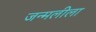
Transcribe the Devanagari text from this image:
जन्मलीला